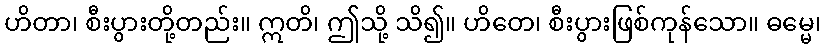
ဟိတာ၊ စီးပွားတို့တည်း။ ဣတိ၊ ဤသို့ သိ၍။ ဟိတေ၊ စီးပွားဖြစ်ကုန်သော။ ဓမ္မေ၊